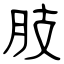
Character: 肢